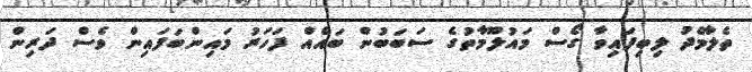
ތެލާމެދު ލިބިފައިވާ ގޯސް މައުލޫމާތުގެ ސަބަބުން ބައެއް ފަހަރު މައިންބަފައިން ވެސް ދަރިން